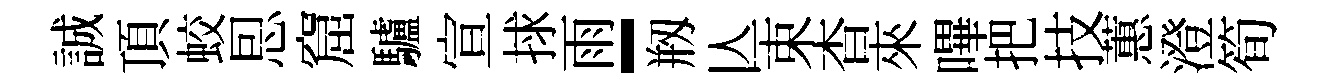
誠頂蛟㤙窟驢宣捄雨-剏亾束杳來嗶把技蕙澄筍